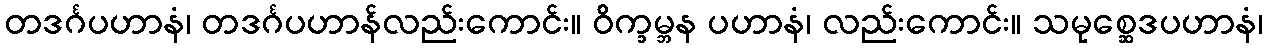
တဒင်္ဂပဟာနံ၊ တဒင်္ဂပဟာန်လည်းကောင်း။ ဝိက္ခမ္ဘန ပဟာနံ၊ လည်းကောင်း။ သမုစ္ဆေဒပဟာနံ၊